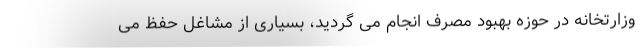
وزارتخانه در حوزه بهبود مصرف انجام می گردید، بسیاری از مشاغل حفظ می